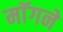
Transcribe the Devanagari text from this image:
माॅगने